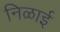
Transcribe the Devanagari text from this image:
निळाई